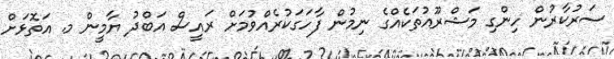
ސަރުކާރުން ހިންގި މަޝްރޫއުތަކެއްގެ ނިމުން ފާހަގަކުރެއްވުމަށް ރައީސް އަބްދު ޔާމީން މ. އަތޮޅަށް